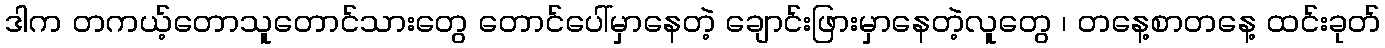
ဒါက တကယ့်တောသူတောင်သားတွေ တောင်ပေါ်မှာနေတဲ့ ချောင်းဖြားမှာနေတဲ့လူတွေ ၊ တနေ့စာတနေ့ ထင်းခုတ်